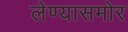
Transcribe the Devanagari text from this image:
लेण्यासमोर